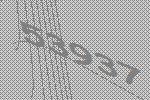
53937